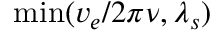
\operatorname* { m i n } ( v _ { e } / 2 \pi \nu , \lambda _ { s } )